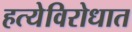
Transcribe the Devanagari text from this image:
हत्येविरोधात